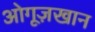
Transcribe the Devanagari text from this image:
ओगूज़खान